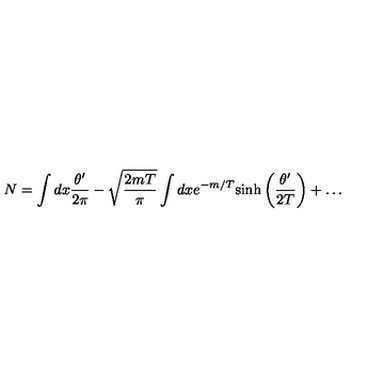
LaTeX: N = \int d x \frac { \theta ^ { \prime } } { 2 \pi } - \sqrt { \frac { 2 m T } { \pi } } \int d x e ^ { - m / T } \mathrm { s i n h } \left( \frac { \theta ^ { \prime } } { 2 T } \right) + \dots